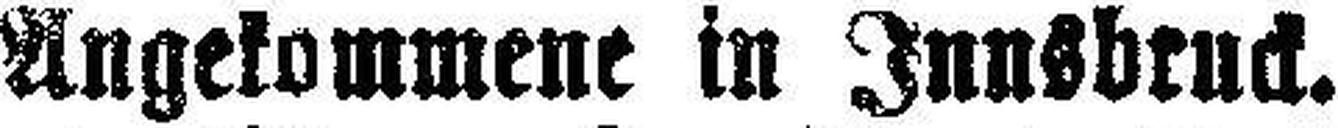
Angekommene in Innsbruck.